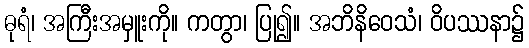
ဓုရံ၊ အကြီးအမှူးကို။ ကတွာ၊ ပြု၍။ အဘိနိဝေသံ၊ ဝိပဿနာ၌